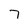
Character: 7